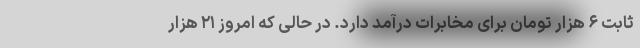
ثابت ۶ هزار تومان برای مخابرات درآمد دارد. در حالی که امروز ۲۱ هزار